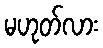
မဟုတ်လား